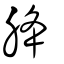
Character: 胮